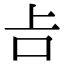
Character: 𠮳